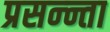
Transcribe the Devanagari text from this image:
प्रसन्न्ता